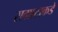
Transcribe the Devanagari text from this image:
सम्राटाकडे